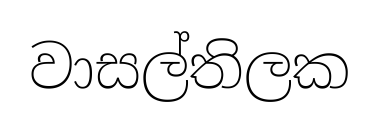
වාසල්තිලක